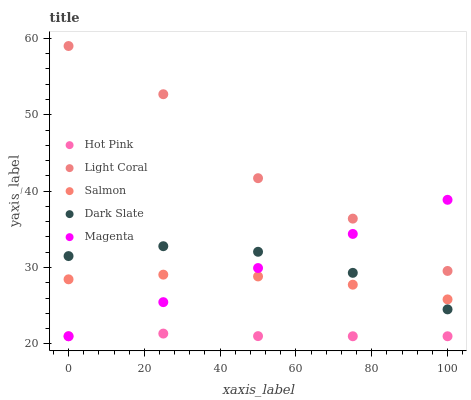
| xaxis_label | Hot Pink | Light Coral | Salmon | Dark Slate | Magenta |
 | --- | --- | --- | --- | --- | --- |
 | 0 | 21 | 59 | 28.5 | 31.5 | 21 |
 | 25 | 21.4 | 52.7 | 29.1 | 32.8 | 25.5 |
 | 50 | 21 | 41.7 | 28.8 | 32.1 | 29.9 |
 | 75 | 21 | 36.4 | 27.8 | 29.3 | 34.4 |
 | 100 | 21 | 29.6 | 25.8 | 24.5 | 38.9 |